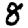
Digit: 8